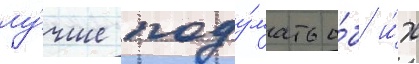
лу́чше поду́мать о́б и́х